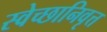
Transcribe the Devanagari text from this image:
स्वेच्छानिवृत्त